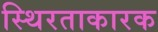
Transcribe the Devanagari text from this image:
स्थिरताकारक